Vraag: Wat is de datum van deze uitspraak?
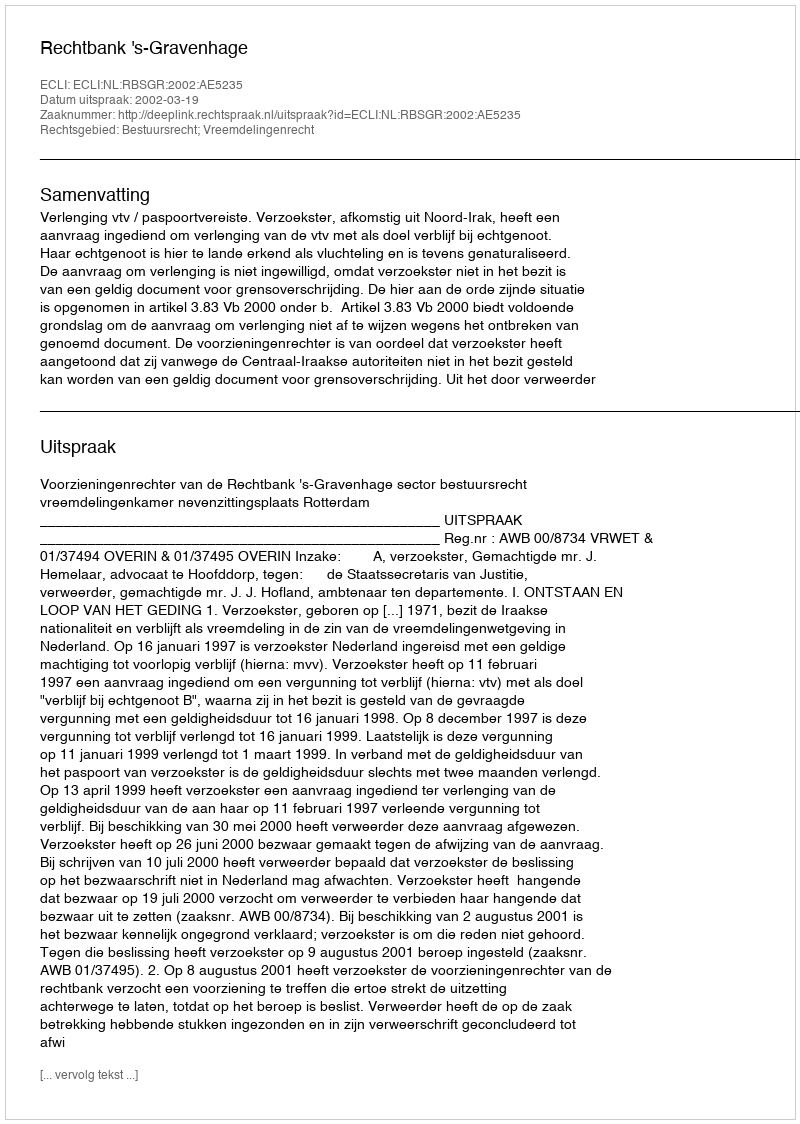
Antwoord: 2002-03-19